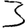
Digit: 3